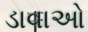
ડાવાઓ